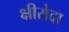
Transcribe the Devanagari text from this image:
क्षीरोदा